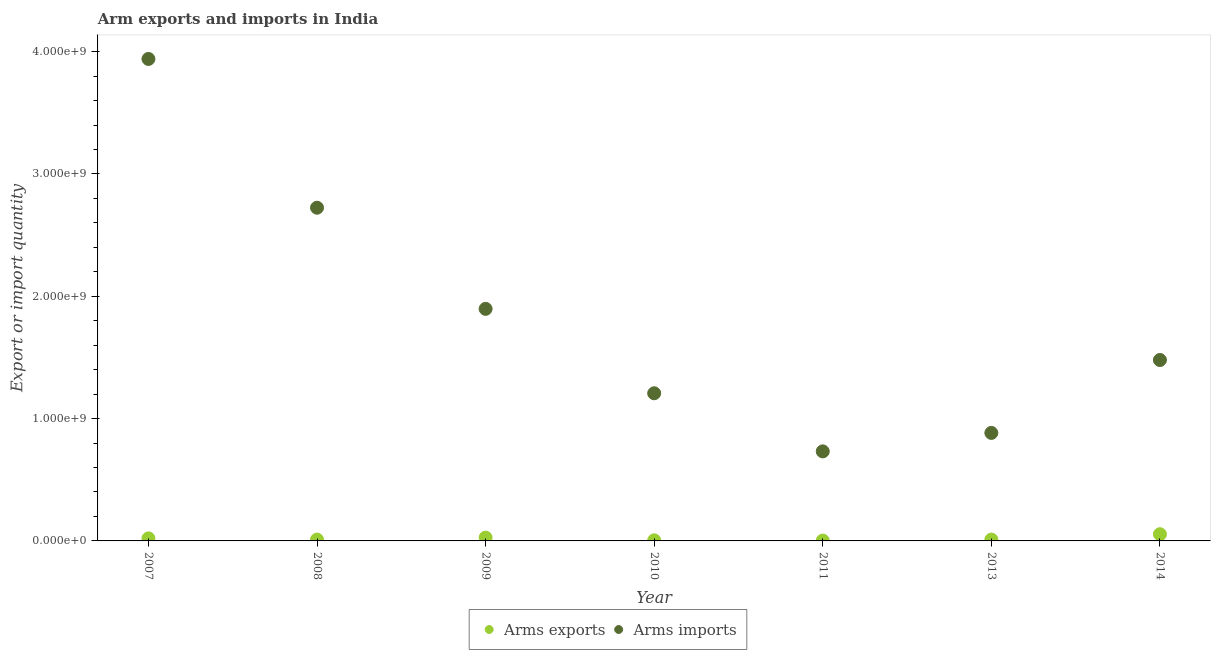
| Year | Arms exports | Arms imports |
 | --- | --- | --- |
 | 2007 | 2.1e+07 | 3.94e+09 |
 | 2008 | 1.1e+07 | 2.72e+09 |
 | 2009 | 2.7e+07 | 1.9e+09 |
 | 2010 | 5e+06 | 1.21e+09 |
 | 2011 | 3e+06 | 7.32e+08 |
 | 2013 | 1.1e+07 | 8.83e+08 |
 | 2014 | 5.5e+07 | 1.48e+09 |